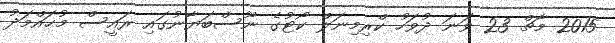
2015 މާޗް 23 ވަނަ ދުވަހު ކްރިމިނަލް ކޯޓުގެ ނޫސްބަޔާނުގައި ރައީސް މުޙައްމަދު